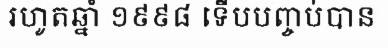
រហូតឆ្នាំ ១៩៩៨ ទើបបញ្ចប់បាន